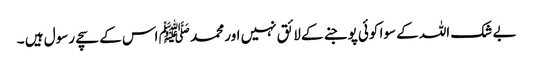
بے شک اللہ کے سوا کوئی پوجنے کے لائق نہیں اور محمد ﷺ اس کے سچے رسول ہیں ۔